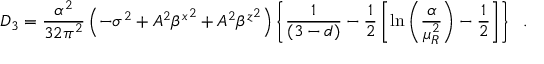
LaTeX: D _ { 3 } = \frac { \alpha ^ { 2 } } { 3 2 \pi ^ { 2 } } \left( - \sigma ^ { 2 } + A ^ { 2 } { \beta ^ { x } } ^ { 2 } + A ^ { 2 } { \beta ^ { z } } ^ { 2 } \right) \left\{ \frac { 1 } { ( 3 - d ) } - \frac { 1 } { 2 } \left[ \ln \left( \frac { \alpha } { \mu _ { R } ^ { 2 } } \right) - \frac { 1 } { 2 } \right] \right\} \; \; .